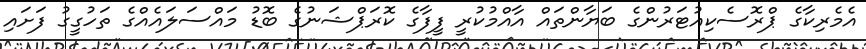
އެމެރިކާގެ ޕްރޮސެކިއުޓަރުންގެ ބަޔާންތައް އާއްމުކުރީ ފީފާގެ ކޮރަޕްޝަނުގެ ބޮޑު މައްސަލައެއްގެ ތަހުގީގު ފަށައި